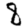
Digit: 8